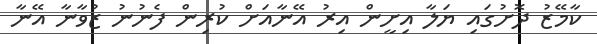
ކާމޭޒު ދޮށުގައި ޔަލާ އިށީން އިރު އޭނާއަށް ކުރިން ފެނުނު ޒުވާނާ އޭނާ